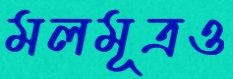
মলমূত্রও